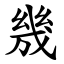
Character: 㡬